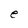
Character: e